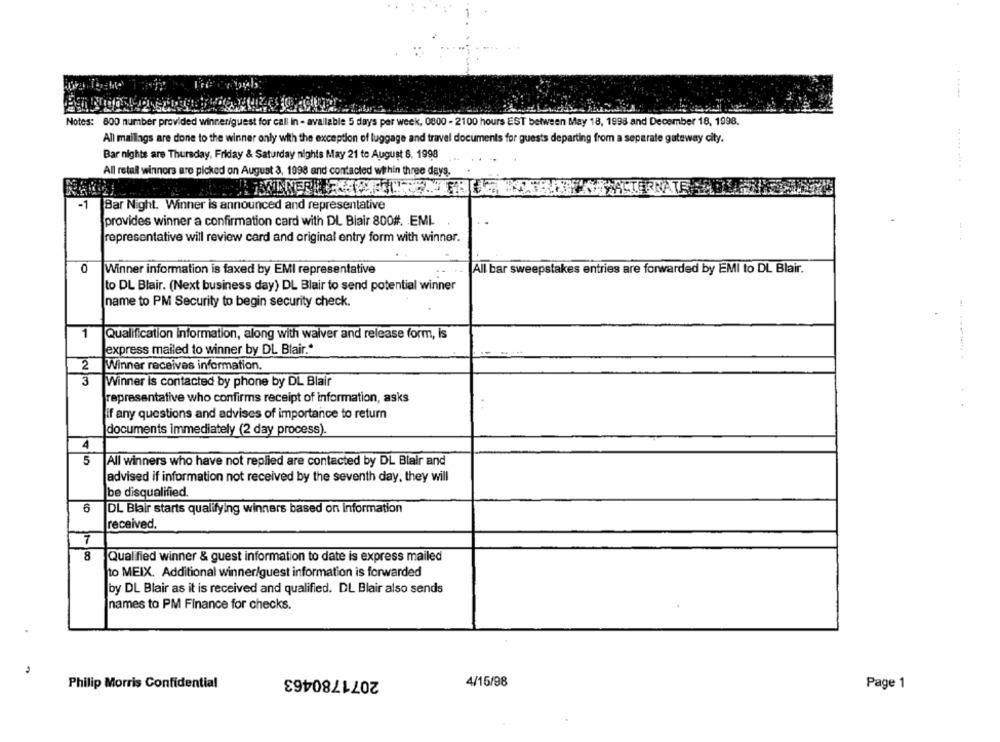
Notes: 800 number provided winneriguest for call In - available 5 days per week, 0800 - 2100 hours EST between May 18, 1998 and December 18, 1998.
All mailings are done to the winner only with the exception of luggage and travel documents for guests departing from a separate gateway city.
Bar nights are Thursday, Friday & Saturday nights May 21 to August 8, 1998
All retal winners are picked on August 3, 1998 and contacted within three days.
Bar Night. Winner is announced and representative
provides winner a confirmation card with DL Blair 800#. EMI
representative will review card and original entry form with winner.
0
Winner information is faxed by EMI representative
....
All bar sweepstakes entries are forwarded by EMI to DL Blair.
to DL Blair. (Next business day) DL Blair to send potential winner
name to PM Security to begin security check.
1
Qualification information, along with waiver and release form, is
express mailed to winner by DL Blair .*
2
Winner receives information.
3
Winner is contacted by phone by DL Blair
representative who confirms receipt of information, asks
if any questions and advises of importance to retum
documents immediately (2 day process).
4
5
All winners who have not replied are contacted by DL Blair and
advised if information not received by the seventh day, they will
be disqualified.
6
DL Blair starts qualifying winners based on information
received.
7
8
Qualified winner & guest information to date is express mailed
to MEIX. Additional winner/guest information is forwarded
by DL Blair as it is received and qualified. DL Blair also sends
names to PM Finance for checks.
2071780463
4/15/98
Philip Morris Confidential
Page 1